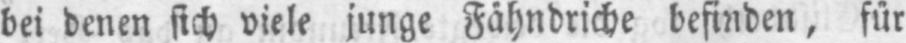
bei denen sich viele junge Fähndriche befinden, für